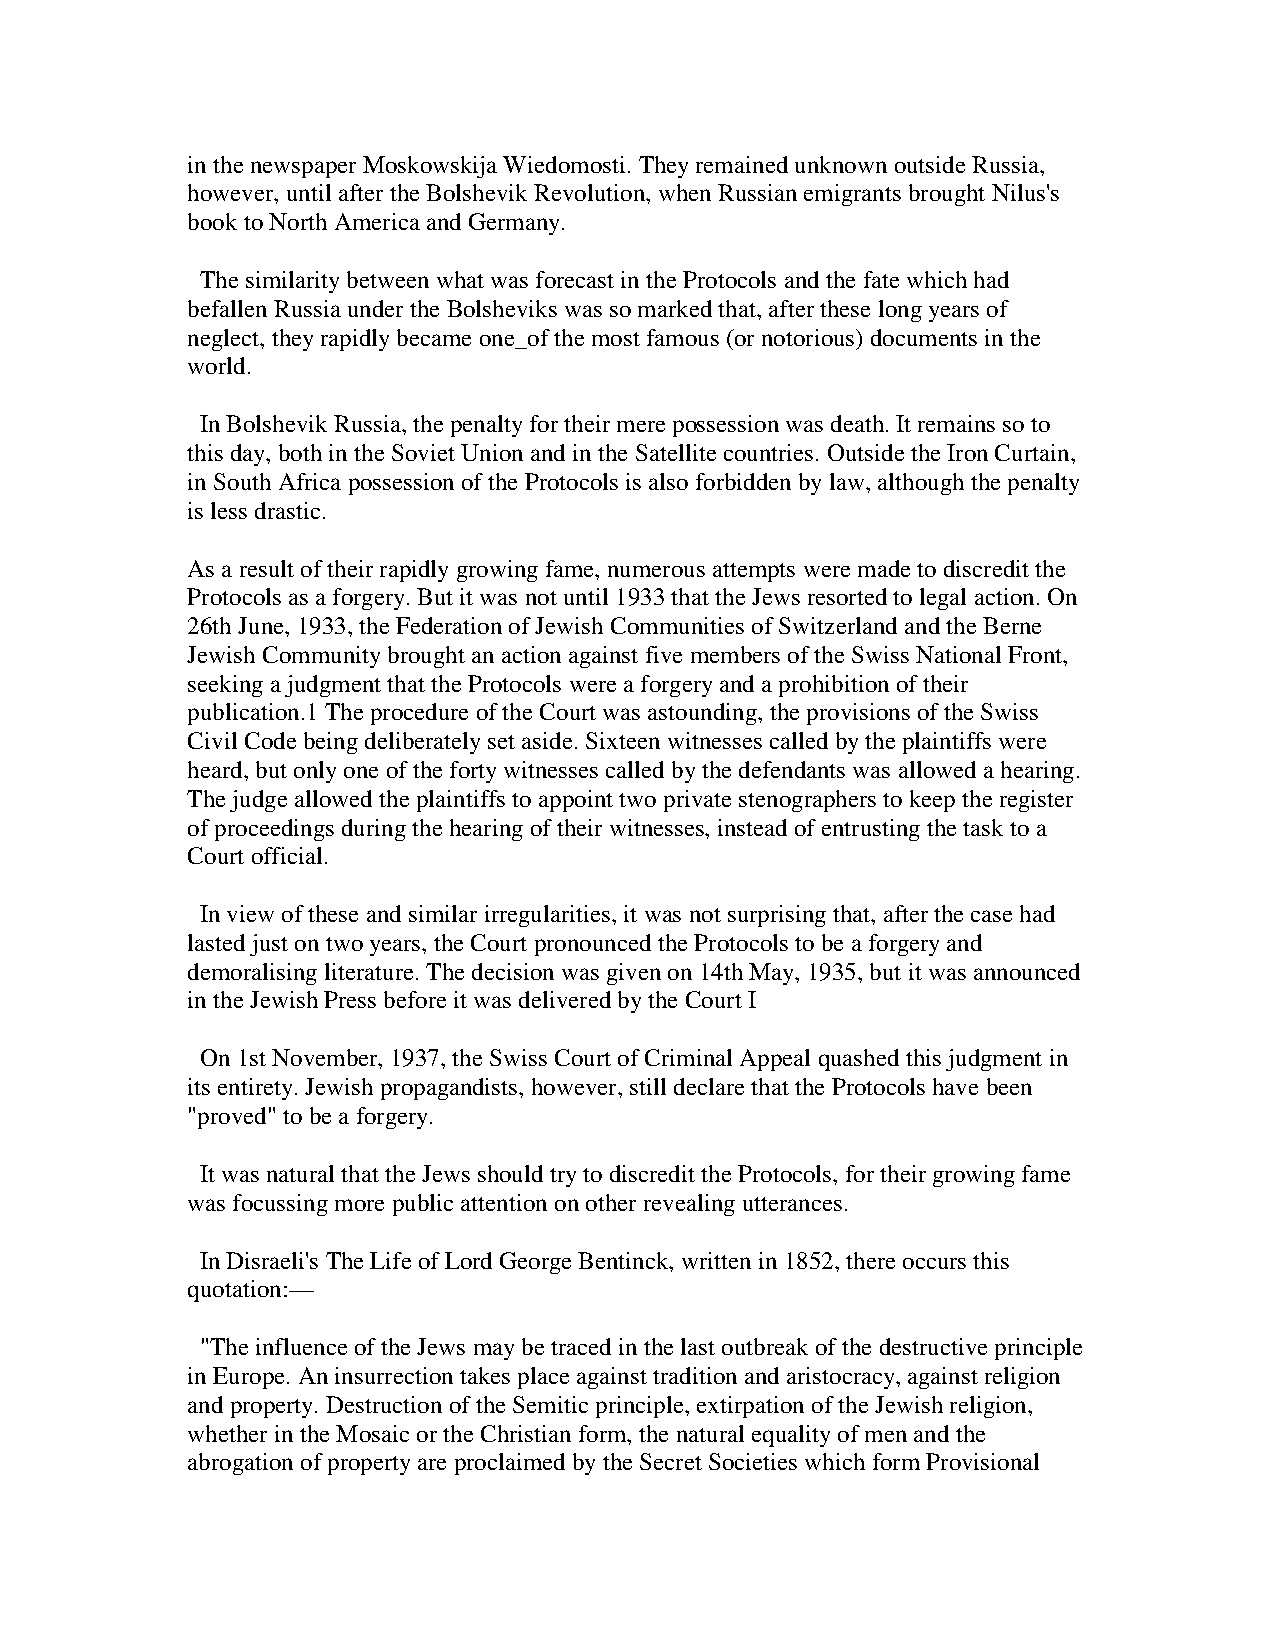
in the newspaper Moskowskija Wiedomosti. They remained unknown outside Russia,
 however, until after the Bolshevik Revolution, when Russian emigrants brought Nilus's
 book to North America and Germany.
 The similarity between what was forecast in the Protocols and the fate which had
 befallen Russia under the Bolsheviks was so marked that, after these long years of
 neglect, they rapidly became one_of the most famous (or notorious) documents in the
 world.
 In Bolshevik Russia, the penalty for their mere possession was death. It remains so to
 this day, both in the Soviet Union and in the Satellite countries. Outside the Iron Curtain,
 in South Africa possession of the Protocols is also forbidden by law, although the penalty
 is less drastic.
 As a result of their rapidly growing fame, numerous attempts were made to discredit the
 Protocols as a forgery. But it was not until 1933 that the Jews resorted to legal action. On
 26th June, 1933, the Federation of Jewish Communities of Switzerland and the Berne
 Jewish Community brought an action against five members of the Swiss National Front,
 seeking a judgment that the Protocols were a forgery and a prohibition of their
 publication.1 The procedure of the Court was astounding, the provisions of the Swiss
 Civil Code being deliberately set aside. Sixteen witnesses called by the plaintiffs were
 heard, but only one of the forty witnesses called by the defendants was allowed a hearing.
 The judge allowed the plaintiffs to appoint two private stenographers to keep the register
 of proceedings during the hearing of their witnesses, instead of entrusting the task to a
 Court official.
 In view of these and similar irregularities, it was not surprising that, after the case had
 lasted just on two years, the Court pronounced the Protocols to be a forgery and
 demoralising literature. The decision was given on 14th May, 1935, but it was announced
 in the Jewish Press before it was delivered by the Court I
 On 1st November, 1937, the Swiss Court of Criminal Appeal quashed this judgment in
 its entirety. Jewish propagandists, however, still declare that the Protocols have been
 "proved" to be a forgery.
 It was natural that the Jews should try to discredit the Protocols, for their growing fame
 was focussing more public attention on other revealing utterances.
 In Disraeli's The Life of Lord George Bentinck, written in 1852, there occurs this
 quotation:—
 "The influence of the Jews may be traced in the last outbreak of the destructive principle
 in Europe. An insurrection takes place against tradition and aristocracy, against religion
 and property. Destruction of the Semitic principle, extirpation of the Jewish religion,
 whether in the Mosaic or the Christian form, the natural equality of men and the
 abrogation of property are proclaimed by the Secret Societies which form Provisional